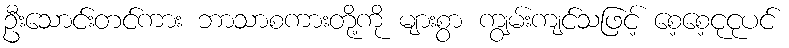
ဦးသောင်းတင်ကား ဘာသာစကားတို့ကို များစွာ ကျွမ်းကျင်သဖြင့် စေ့စေ့ငုငုပင်